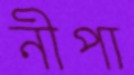
নীপা